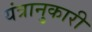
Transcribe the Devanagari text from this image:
यंत्रानुकारी